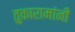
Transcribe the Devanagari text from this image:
तुकारामांनीं